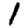
Digit: 1